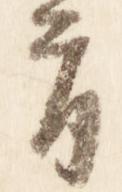
首